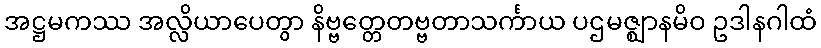
အဋ္ဌမကဿ အလ္လိယာပေတွာ နိဗ္ဗတ္တေတဗ္ဗတာသင်္ကာယ ပဌမဇ္ဈာနမိဝ ဥဒါနဂါထံ